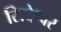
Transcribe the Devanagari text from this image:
सिदेश्वर